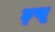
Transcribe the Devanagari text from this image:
ह्सू